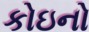
કોઇનો